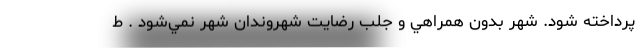
پرداخته شود. شهر بدون همراهي و جلب رضايت شهروندان شهر نمي‌شود . ط